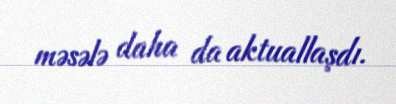
məsələ daha da aktuallaşdı.